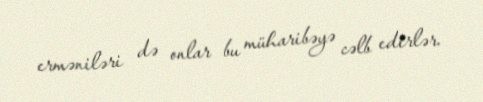
erməniləri də onlar bu müharibəyə cəlb edirlər.